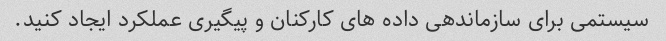
سیستمی برای سازماندهی داده های کارکنان و پیگیری عملکرد ایجاد کنید.